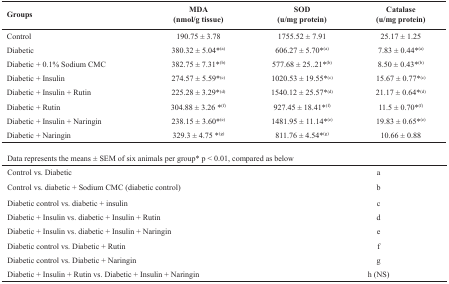
<table><thead><tr><td><b>Groups</b></td><td><b>MDA(nmol/g tissue)</b></td><td><b>SOD(u/mg protein)</b></td><td><b>Catalase(u/mg protein)</b></td></tr></thead><tbody><tr><td>Control</td><td>190.75 ± 3.78</td><td>1755.52 ± 7.91</td><td>25.17 ± 1.25</td></tr><tr><td>Diabetic</td><td>380.32 ± 5.04*<sup>(a)</sup></td><td>606.27 ± 5.70*<sup>(a)</sup></td><td>7.83 ± 0.44*<sup>(a)</sup></td></tr><tr><td>Diabetic + 0.1% Sodium CMC</td><td>382.75 ± 7.31*<sup>(b)</sup></td><td>577.68 ± 25..21*<sup>(b)</sup></td><td>8.50 ± 0.43*<sup>(b)</sup></td></tr><tr><td>Diabetic + Insulin</td><td>274.57 ± 5.59*<sup>(c)</sup></td><td>1020.53 ± 19.55*<sup>(c)</sup></td><td>15.67 ± 0.77*<sup>(c)</sup></td></tr><tr><td>Diabetic + Insulin + Rutin</td><td>225.28 ± 3.29*<sup>(d)</sup></td><td>1540.12 ± 25.57*<sup>(d)</sup></td><td>21.17 ± 0.64*<sup>(d)</sup></td></tr><tr><td>Diabetic + Rutin</td><td>304.88 ± 3.26 *<sup>(f)</sup></td><td>927.45 ± 18.41*<sup>(f)</sup></td><td>11.5 ± 0.70*<sup>(f)</sup></td></tr><tr><td>Diabetic + Insulin + Naringin</td><td>238.15 ± 3.60*<sup>(e)</sup></td><td>1481.95 ± 11.14*<sup>(e)</sup></td><td>19.83 ± 0.65*<sup>(e)</sup></td></tr><tr><td>Diabetic + Naringin</td><td>329.3 ± 4.75 *<sup>(g)</sup></td><td>811.76 ± 4.54*<sup>(g)</sup></td><td>10.66 ± 0.88</td></tr><tr><td colspan="4">Data represents the means ± SEM of six animals per group* p &lt; 0.01, compared as below</td></tr><tr><td colspan="2">Control vs. Diabetic</td><td colspan="2">a</td></tr><tr><td colspan="2">Control vs. diabetic + Sodium CMC (diabetic control)</td><td colspan="2">b</td></tr><tr><td colspan="2">Diabetic control vs. diabetic + insulin</td><td colspan="2">c</td></tr><tr><td colspan="2">Diabetic + Insulin vs. diabetic + Insulin + Rutin</td><td colspan="2">d</td></tr><tr><td colspan="2">Diabetic + Insulin vs. diabetic + Insulin + Naringin</td><td colspan="2">e</td></tr><tr><td colspan="2">Diabetic control vs. Diabetic + Rutin</td><td colspan="2">f</td></tr><tr><td colspan="2">Diabetic control vs. Diabetic + Naringin</td><td colspan="2">g</td></tr><tr><td colspan="2">Diabetic + Insulin + Rutin vs. Diabetic + Insulin + Naringin</td><td colspan="2">h (NS)</td></tr></tbody></table>